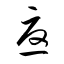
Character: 憂